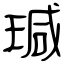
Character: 瑊